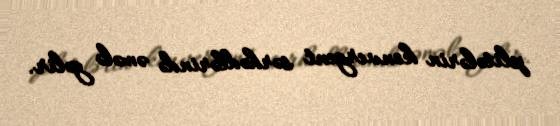
plitələrin konvergent sərhədlərində əmələ gəlir.